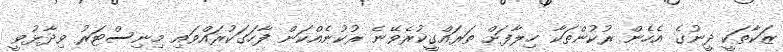
ޒަކާތަކީ ދީނުގެ އެހެން ރުކުންތަކާ ހިލާފަށް ތަރައްގީކުރެވޭނެ ރުކުނެއްކަން ފާހަގަކުރައްވައި މިނިސްޓަރު ވިދާޅުވީ